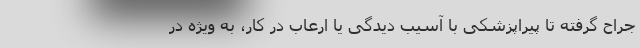
جراح گرفته تا پیراپزشکی با آسیب دیدگی یا ارعاب در کار، به ویژه در